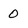
Character: 0